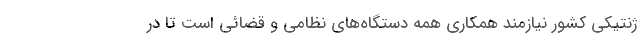
ژنتیکی کشور نیازمند همکاری همه دستگاه‌های نظامی و قضائی است تا در